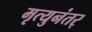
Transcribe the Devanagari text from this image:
मृत्युनंतर्